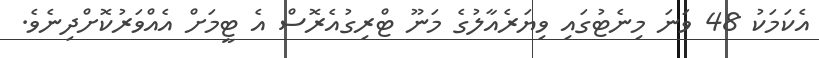
އެކަމަކު 48 ވަނަ މިނެޓުގައި ވިޔަރެއާލުގެ މަނޫ ޓްރިގުއެރޮސް އެ ޓީމަށް އެއްވަރުކޮށްދިނެވެ.